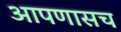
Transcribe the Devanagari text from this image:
आपणासच